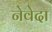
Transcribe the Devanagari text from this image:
नेवेदा